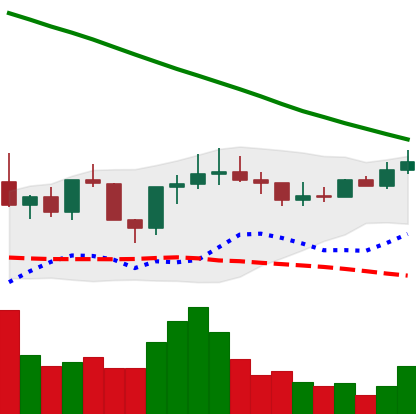
Ticker: ADA-USD
Chart end date: 2022-08-08
Forward return: 4.327%
Label: up_3_5